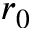
r _ { 0 }